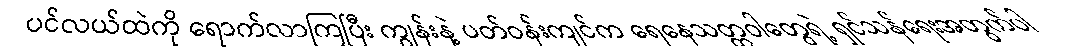
ပင်လယ်ထဲကို ရောက်လာကြပြီး ကျွန်းနဲ့ ပတ်ဝန်းကျင်က ရေနေသတ္တဝါတွေရဲ့ ရှင်သန်ရေးအတွက်ပါ